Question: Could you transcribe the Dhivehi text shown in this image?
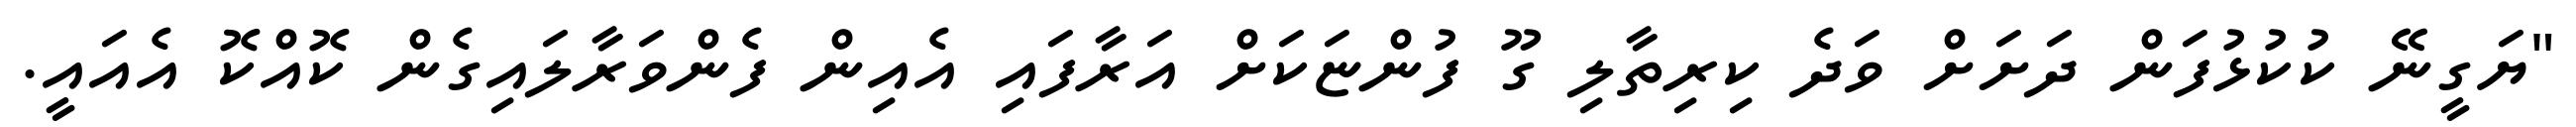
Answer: "ޔަގީނޭ ކުކުޅުފަން ދަށަށް ވަދެ ކިރިތާލި ގޫ ފުންޏަކަށް އަރާފައި އެއިން ފެންވަރާލައިގެން ކޮއްކޮ އެއައީ.